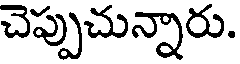
చెప్పుచున్నారు.